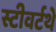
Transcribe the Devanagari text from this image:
स्टीवर्टथे